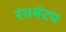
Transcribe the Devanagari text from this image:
रंगमंटप